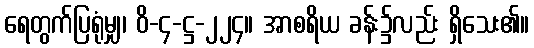
ရေတွက်ပြရုံမျှ၊ ဝိ-၄-ဋ္ဌ-၂၂၄။ အာစရိယ ခန်း၌လည်း ရှိသေး၏။